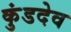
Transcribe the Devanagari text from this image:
कुंडदेव